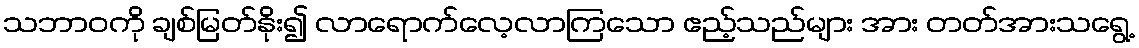
သဘာဝကို ချစ်မြတ်နိုး၍ လာရောက်လေ့လာကြသော ဧည့်သည်များ အား တတ်အားသရွေ့